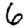
Digit: 6